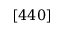
[ 4 4 0 ]